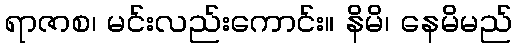
ရာဇာစ၊ မင်းလည်းကောင်း။ နိမိ၊ နေမိမည်